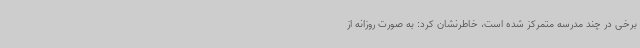
برخی در چند مدرسه متمرکز شده است، خاطرنشان کرد: به صورت روزانه از